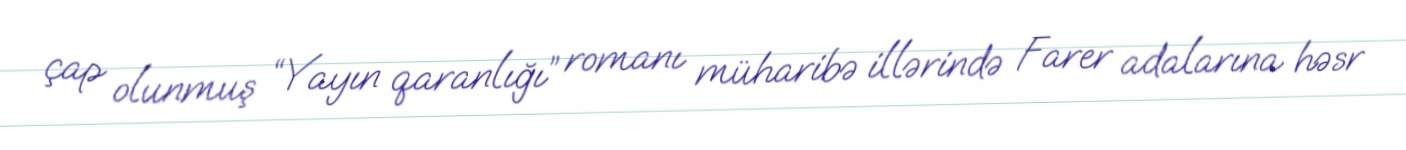
çap olunmuş “Yayın qaranlığı” romanı müharibə illərində Farer adalarına həsr